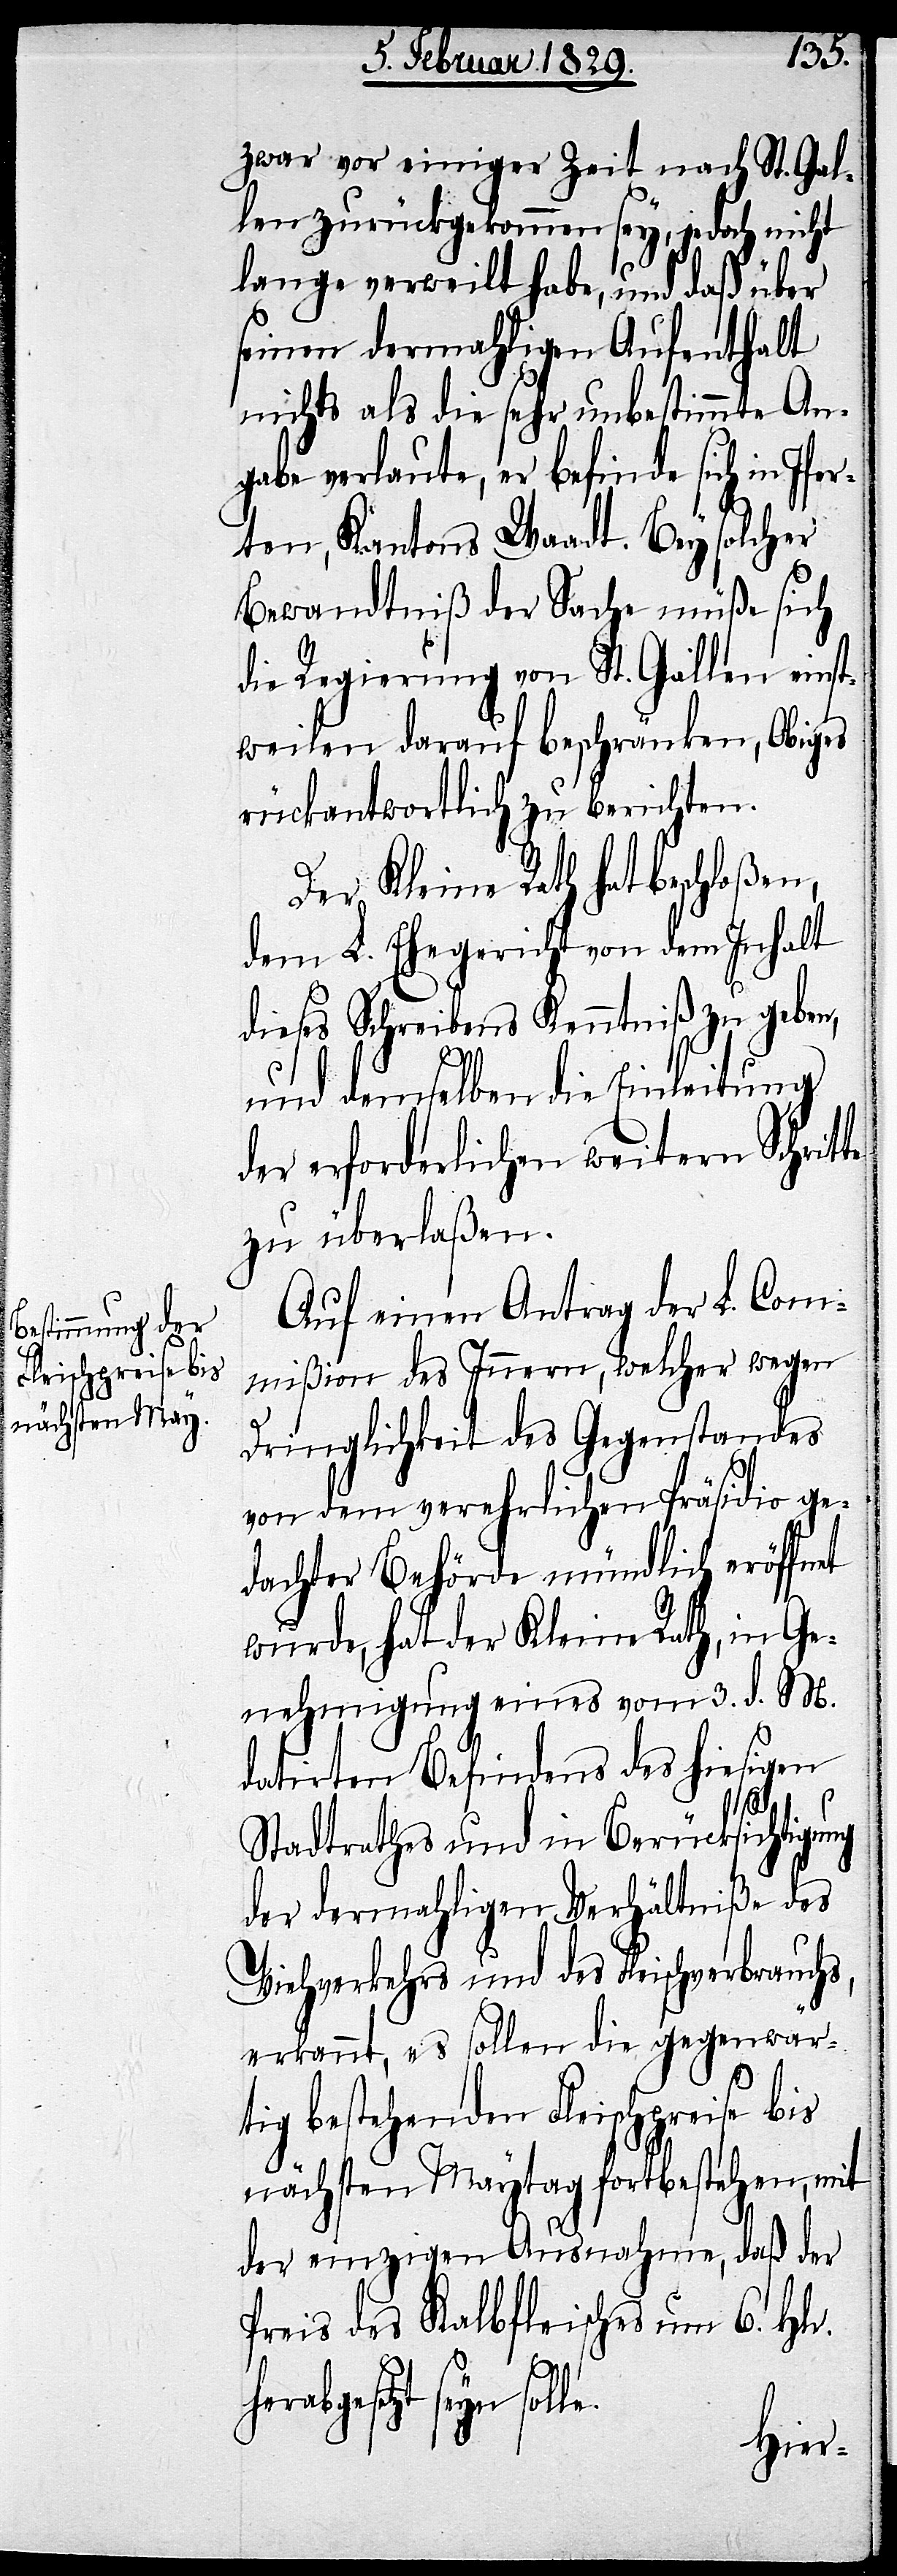
zwar vor einiger Zeit nach St. Gal¬
len zurückgekommen sey, jedoch nicht
lange verweilt habe, und daß über
seinen dermahligen Aufenthalt
nichts als die sehr unbestimmte An¬
gabe verlaute, er befinde sich in Ifer¬
ten, Kantons Waadt. Bey solcher
Bewandtniß der Sache müße sich
die Regierung von St. Gallen einst¬
weilen darauf beschränken, Obiges
rückantwortlich zu berichten.
Der Kleine Rath hat beschloßen,
dem L. Ehegericht von dem Inhalt
dieses Schreibens Kenntniß zu geben,
und demselben die Einleitung
der erforderlichen weitern Schritte
zu überlaßen.
Auf einen Antrag der L. Com¬
mißion des Innern, welcher wegen
Dringlichkeit des Gegenstandes
von dem verehrlichen Präsidio ge¬
dachter Behörde mündlich eröffnet
wurde, hat der Kleine Rath, in Ge¬
nehmigung eines vom 3. d. M.
datirten Befindens des hiesigen
Stadtrathes und in Berücksichtigung
der dermahligen Verhältniße des
Viehverkehrs und des Fleischverbrauchs,
erkannt, es sollen die gegenwär¬
tig bestehenden Fleischpreise bis
nächsten Maytag fortbestehen, mit
der einzigen Ausnahme, daß der
Preis des Kalbfleisches um 6. Hlr.
lle.
herabgesetzt seyn so¬